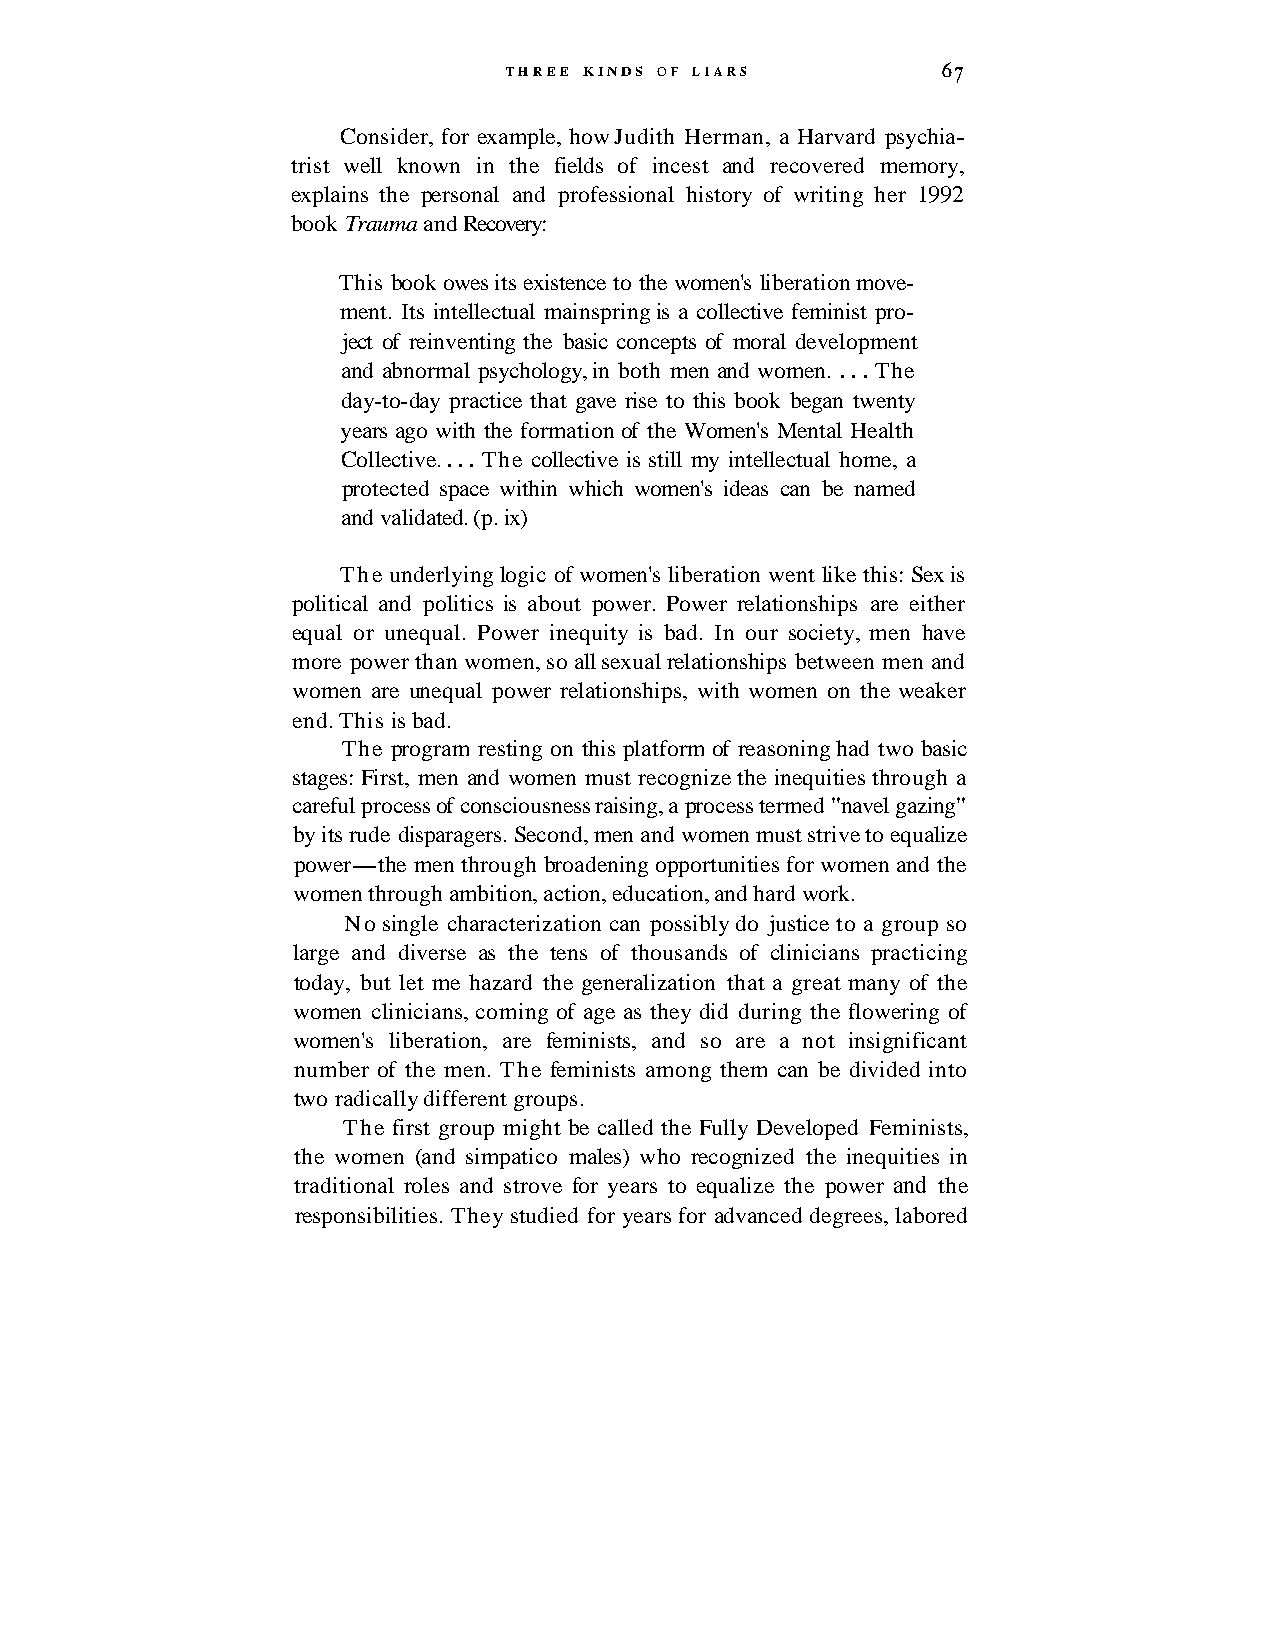
THREE KINDS OF LIARS         67
 Consider, for example, how Judith Herman, a Harvard psychia-
 trist well known in the fields of incest and recovered memory,
 explains the personal and professional history of writing her 1992
 book Trauma and Recovery:
 This book owes its existence to the women's liberation move-
 ment. Its intellectual mainspring is a collective feminist pro-
 ject of reinventing the basic concepts of moral development
 and abnormal psychology, in both men and women. . . . The
 day-to-day practice that gave rise to this book began twenty
 years ago with the formation of the Women's Mental Health
 Collective. . . . The collective is still my intellectual home, a
 protected space within which women's ideas can be named
 and validated. (p. ix)
 The underlying logic of women's liberation went like this: Sex is
 political and politics is about power. Power relationships are either
 equal or unequal. Power inequity is bad. In our society, men have
 more power than women, so all sexual relationships between men and
 women are unequal power relationships, with women on the weaker
 end. This is bad.
 The program resting on this platform of reasoning had two basic
 stages: First, men and women must recognize the inequities through a
 careful process of consciousness raising, a process termed "navel gazing"
 by its rude disparagers. Second, men and women must strive to equalize
 power-the men through broadening opportunities for women and the
 women through ambition, action, education, and hard work.
 No single characterization can possibly do justice to a group so
 large and diverse as the tens of thousands of clinicians practicing
 today, but let me hazard the generalization that a great many of the
 women clinicians, coming of age as they did during the flowering of
 women's liberation, are feminists, and so are a not insignificant
 number of the men. The feminists among them can be divided into
 two radically different groups.
 The first group might be called the Fully Developed Feminists,
 the women (and simpatico males) who recognized the inequities in
 traditional roles and strove for years to equalize the power and the
 responsibilities. They studied for years for advanced degrees, labored